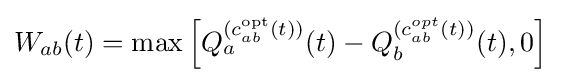
W_{ab}(t)=\max \left[Q_{a}^{(c_{ab}^{\mathrm {opt} }(t))}(t)-Q_{b}^{(c_{ab}^{opt}(t))}(t),0\right]